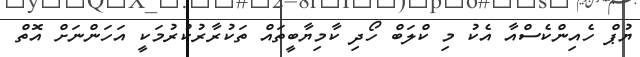
ޔުޕް ހެއިންކެސްއާ އެކު މި ކްލަބް ހޯދި ކާމިޔާބީތައް ތަކުރާރުކުރުމަކީ އަހަންނަށް އޮތް